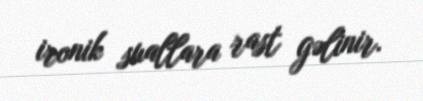
ironik suallara rast gəlinir.